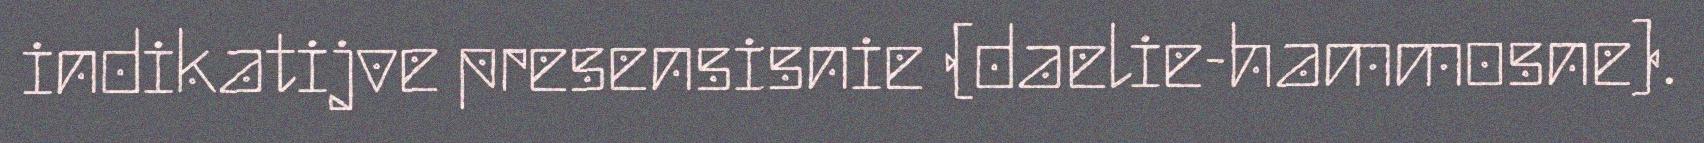
indikatijve presensisnie (daelie-hammosne).